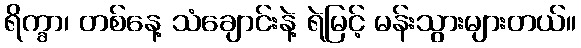
ရိက္ခာ၊ တစ်နေ့ သံချောင်းနဲ့ ရဲမြင့် မန်းသွားများတယ်။